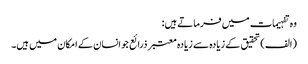
وہ تفہیمات میں فرماتے ہیں:
(الف) تحقیق کے زیادہ سے زیادہ معتبر ذرائع جو انسان کے امکان میں ہیں۔